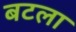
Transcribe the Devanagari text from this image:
बटला